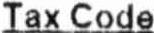
TAX CODE